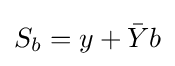
S_{b}=y+{\bar {Y}}b